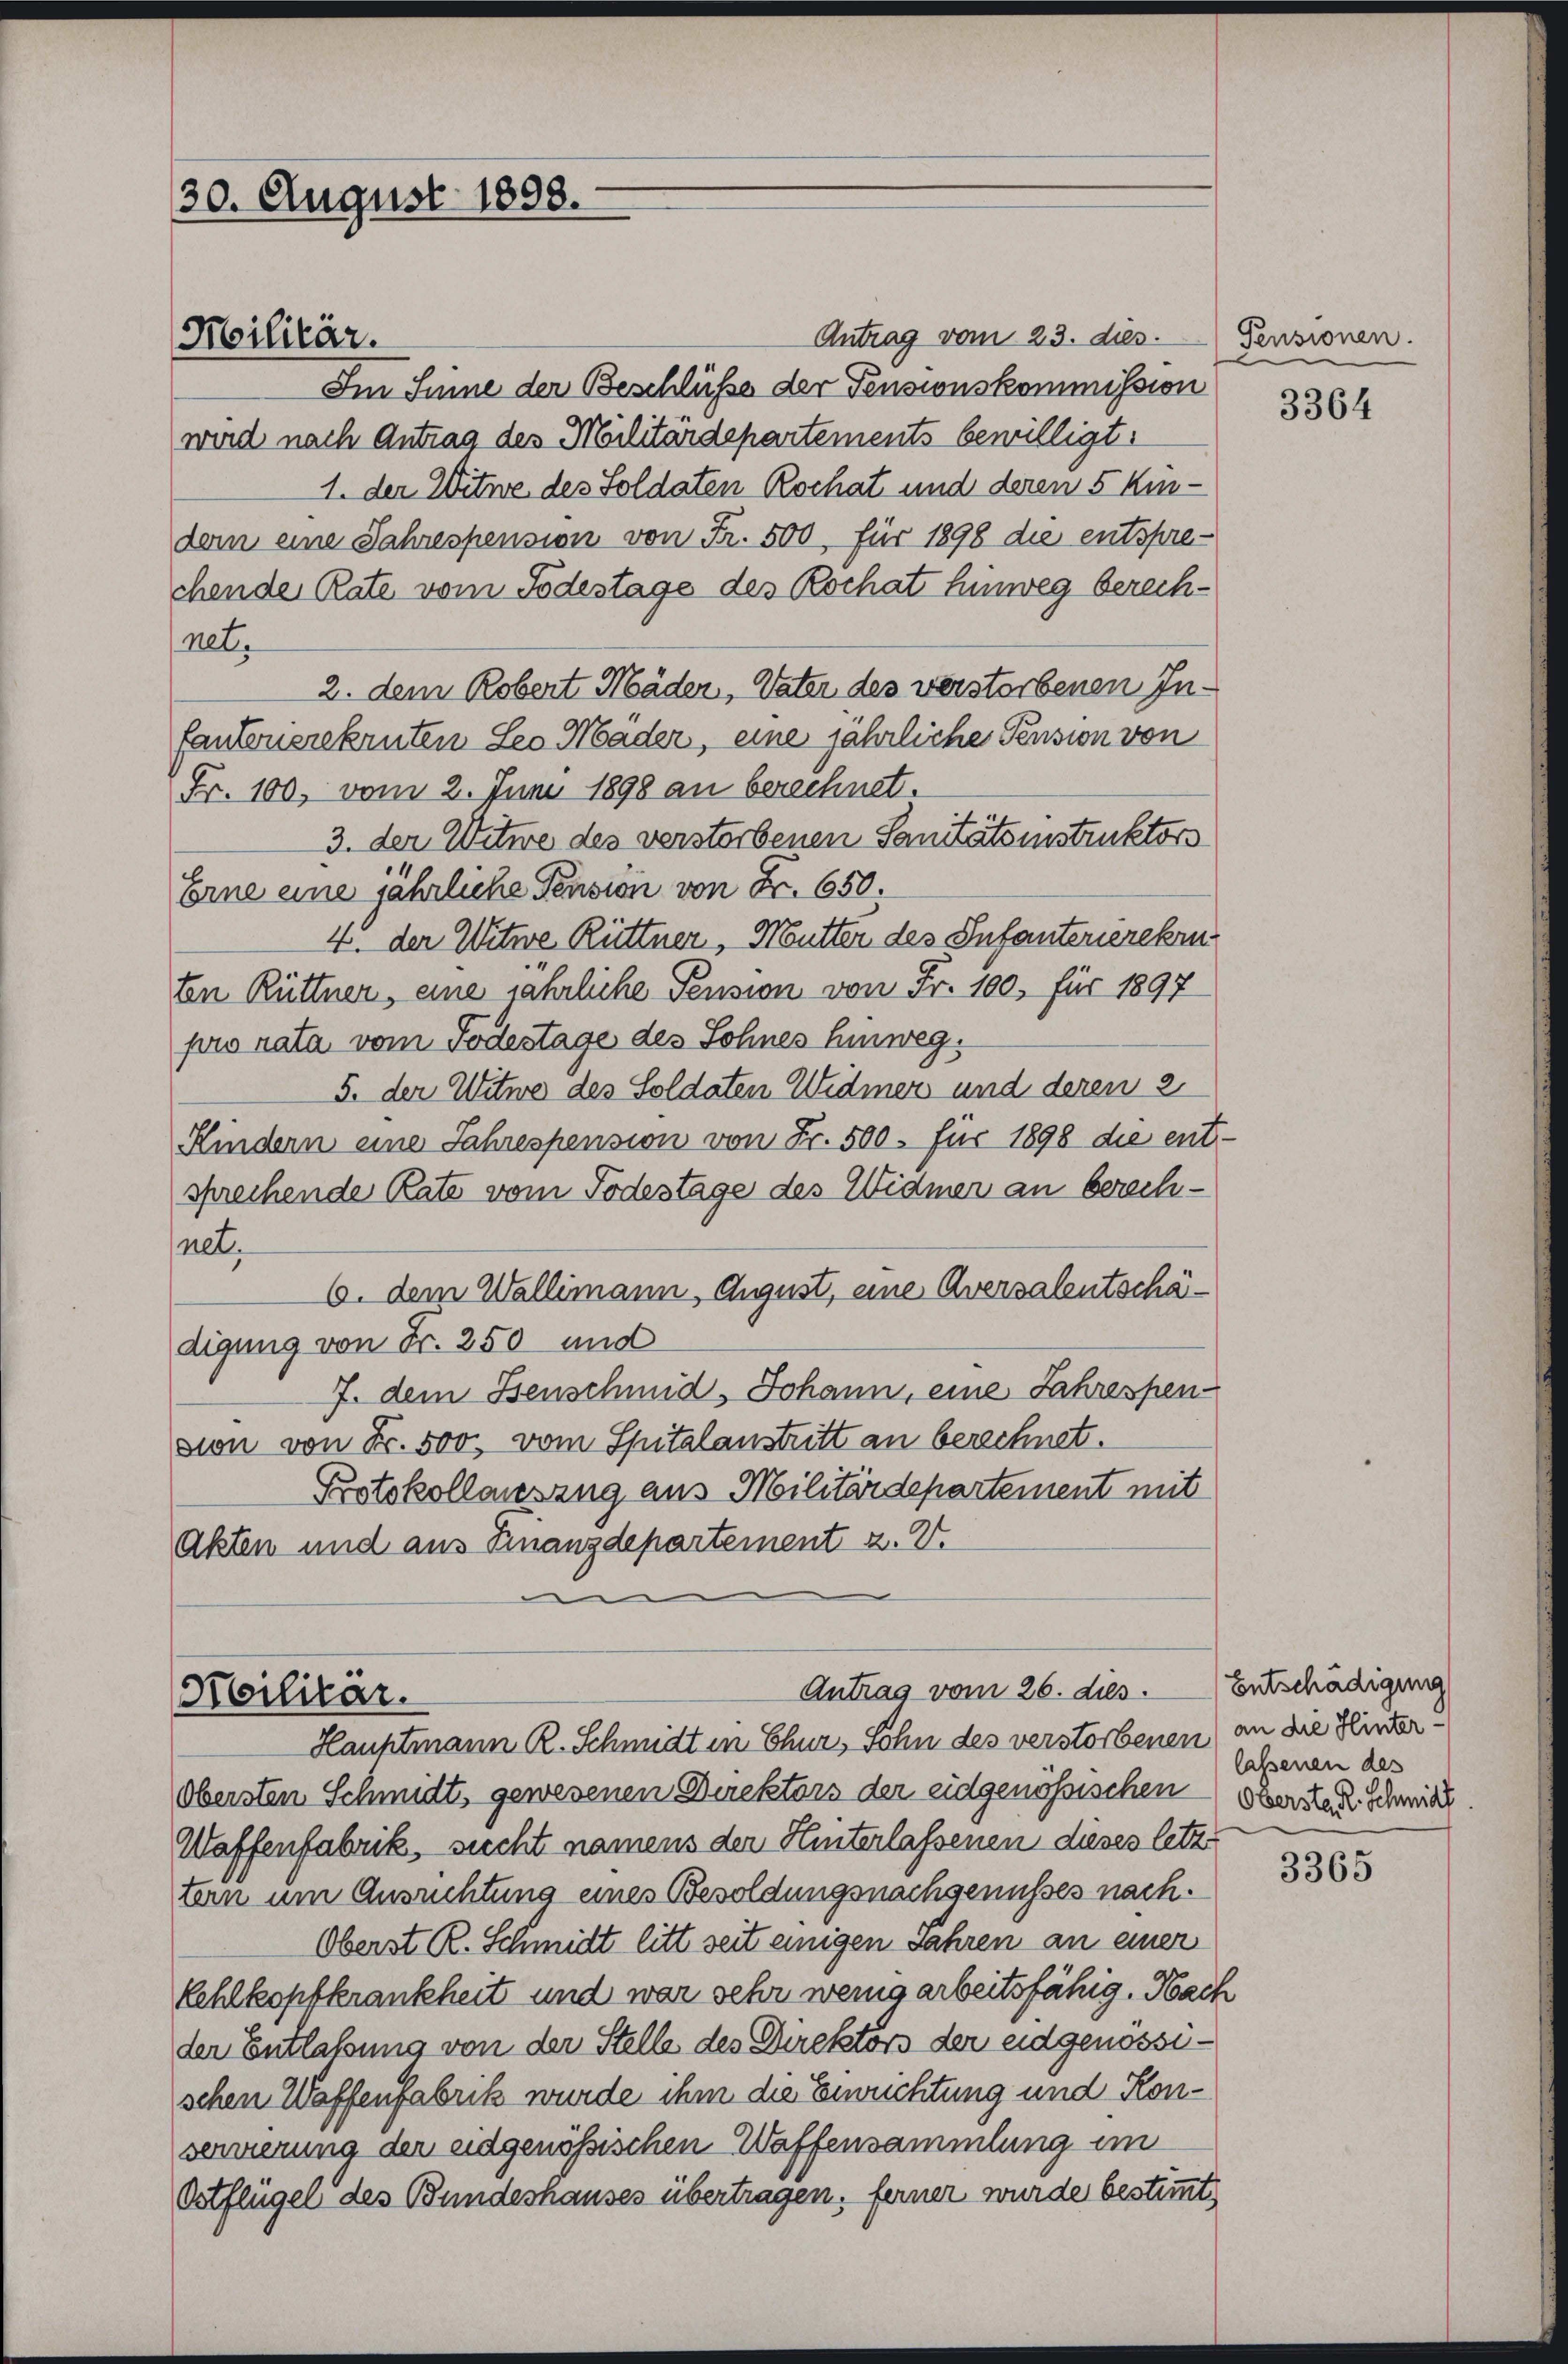
30. August 1898.

Antrag vom 23. dies Pensionen.
Im Sinne der Beschlüsse der Pensionskommission
wird nach Antrag des Militärdepartements bewilligt:
1. der Witwe des Soldaten Rochat und deren 5 Kindem eine Jahrespension von Fr. 500, für 1898 die entspre-
chende Rate vom Todestage des Rochat hinweg berechnet.
2. dem Robert Mäder, Vater des verstorbenen Infanteuerekruten Leo Mäder, eine jährliche Pension von
Fr. 100, vom 2. Juni 1898 an berechnet.
3. der Witwe des verstorbenen Sanitätsinstruktors
Erne eine jährliche Pension von Fr. 650.
4. der Witwe Rüttner, Mutter des Infanterierekru
ten Rüttner, eine jährliche Pension von Fr. 100, für 1897
pro rata vom Todestage des Sohnes hinweg.
5. der Witwe des Soldaten Widmer und deren 2
Kindern eine Jahrespension von Fr. 500. für 1898 die entsprechende Rate vom Todestage des Widmer an berechnet.
6. dem Wallimann, August, eine Aversalentschädigung von Fr. 250 und
7. dem Isenschmid, Johann, eine Jahrespension von Fr. 500. vom Spitalanstritt an berechnet.
Protokollausung aus Militärdepartement mit
Akten und aus Finanzdepartement z. V.

Militär.

Sbilitär.
Hauptmann R. Schmidt in Chur, Sohn des verstorbenen, an die Hinter¬

Antrag vom 26. dies.

Obersten Schmidt, gewesenen Direktors der eidgenössischen Ober nach Schmitte
Waffenfabrik, sicht namens der Hinterlassenen dieses letz
tern um Ausrichtung eines Besoldungsnachgenusses nach.
Oberst R. Schmidt litt seit einigen Jahren an einer
Kehlkopfkrankheit und war sehr wenig arbeitsfähig. Nach
der Entlassung von der Stelle des Direktors der eidgenössischen Waffenfabrik wurde ihm die Einrichtung und Konservierung der eidgenössischen Waffensammlung im
Ortflüger des Bundeshauses übertragen, ferner wurde bestimmt,

3364

Entschädigung
lassenen des

3365